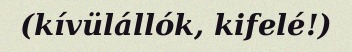
(kívülállók, kifelé!)